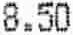
8.50